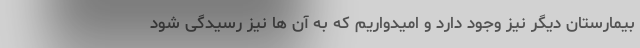
بیمارستان دیگر نیز وجود دارد و امیدواریم که به آن ها نیز رسیدگی شود